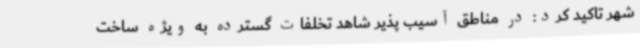
شهر تاکید کرد: در مناطق آسیب پذیر شاهد تخلفات گسترده به ویژه ساخت